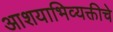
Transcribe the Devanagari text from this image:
आशयाभिव्यक्तीचे